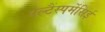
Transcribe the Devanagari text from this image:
पेल्टैंस्पर्मेसिई